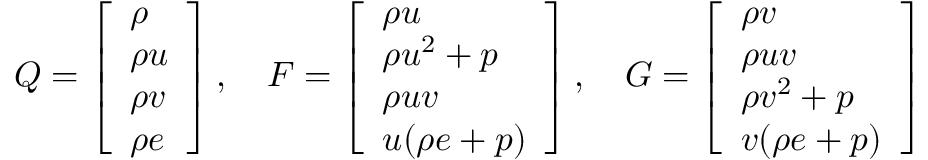
Q = \left[ \begin{array} { l } { \rho } \\ { \rho u } \\ { \rho v } \\ { \rho e } \end{array} \right] , \quad F = \left[ \begin{array} { l } { \rho u } \\ { \rho u ^ { 2 } + p } \\ { \rho u v } \\ { u ( \rho e + p ) } \end{array} \right] , \quad G = \left[ \begin{array} { l } { \rho v } \\ { \rho u v } \\ { \rho v ^ { 2 } + p } \\ { v ( \rho e + p ) } \end{array} \right]